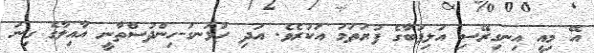
އޭ މިއީ އިނގިރޭސި އަލިފުބާގެ ފުރަތަމަ އަކުރެވެ. އަދި ހުޅަނގު-ހިންދުސްތާނީ އާއިލާގެ ގިނަ